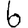
Digit: 6